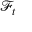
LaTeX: { \mathcal { F } } _ { t }